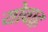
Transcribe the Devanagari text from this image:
योवाह